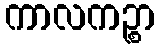
ကာလကဉ္စာ